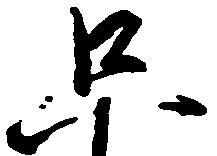
只